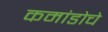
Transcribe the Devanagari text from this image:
कमांडोचे